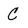
Character: C